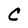
Character: C